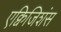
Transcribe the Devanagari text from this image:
एक्विजिशंस